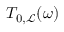
T _ { 0 , \mathcal { L } } ( \omega )